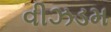
વીઝડમ